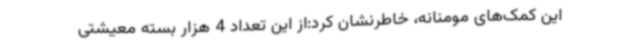
این کمک‌های مومنانه، خاطرنشان کرد:از این تعداد 4 هزار بسته معیشتی